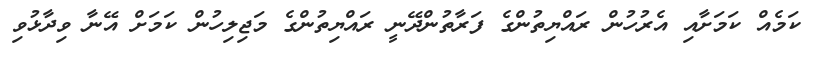
ކަމެއް ކަމަށާއި އެރުހުން ރައްޔިތުންގެ ފަރާތުންދޭނީ ރައްޔިތުންގެ މަޖިލިހުން ކަަމަށް އޭނާ ވިދާޅުވި